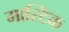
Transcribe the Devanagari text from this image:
मास्टिक